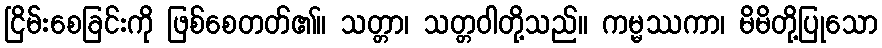
ငြိမ်းစေခြင်းကို ဖြစ်စေတတ်၏။ သတ္တာ၊ သတ္တဝါတို့သည်။ ကမ္မဿကာ၊ မိမိတို့ပြုသော